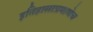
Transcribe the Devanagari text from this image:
इतिहासाप्रमाणेच